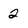
Character: 2